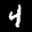
Label: 4